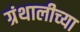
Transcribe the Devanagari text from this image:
ग्रंथालीच्‍या